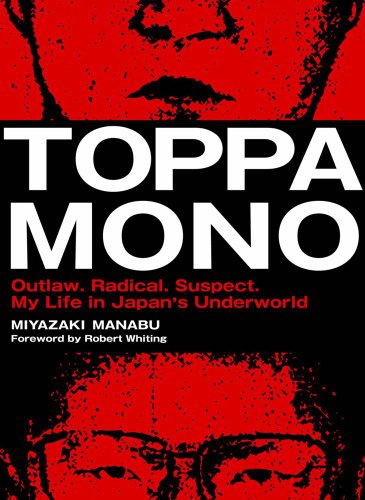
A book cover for Toppamono: Outlaw. Radical. Suspect. My Life in Japan's Underworld; Miyazaki Manabu; Biographies & Memoirs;